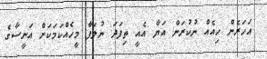
އަހަރެން ހިއެއް ނުކުރަން އަޔާ އެއީ ތިފަދަ ނުލަފާ މީހެއްކަމަކަށް އަނީސާގެ